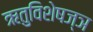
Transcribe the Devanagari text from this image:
ऋतुविशेषज्ञ